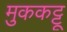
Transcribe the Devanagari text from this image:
मुककट्टू